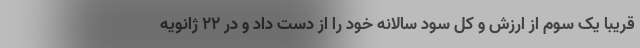
قریباً یک سوم از ارزش و کل سود سالانه خود را از دست داد و در ۲۲ ژانویه